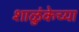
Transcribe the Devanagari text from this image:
शाळुंकेच्या